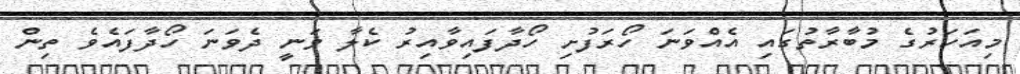
މިއަހަރުގެ މުބާރާތުގައި އެއްވަނަ ހޯރަފުށި ހޯދާފައިވާއިރު ކެލާ ވަނީ ދެވަނަ ހޯދާފައެވެ ތިން